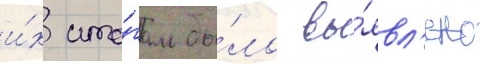
и́х ито́гам бы́ло вы́явл'ено